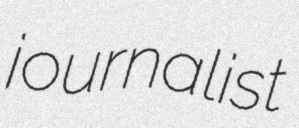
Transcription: journalist